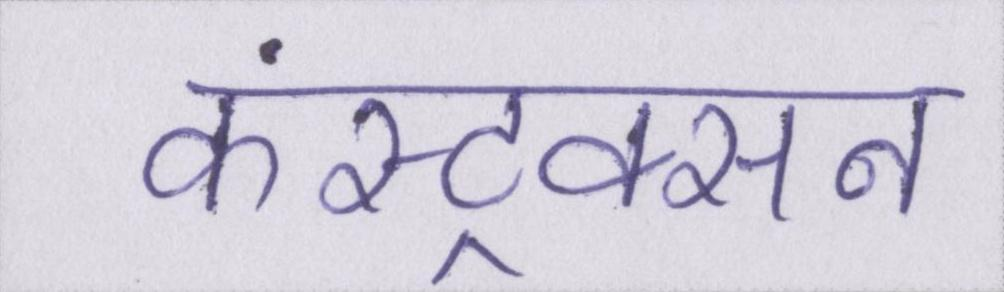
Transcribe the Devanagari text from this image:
कंस्ट्रक्सन